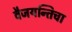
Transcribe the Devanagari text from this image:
वैजयन्तिचा